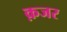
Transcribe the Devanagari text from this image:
क़जर